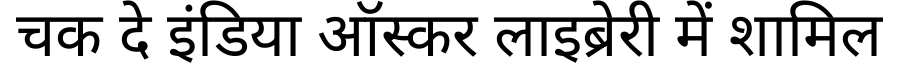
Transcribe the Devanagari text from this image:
चक दे इंडिया ऑस्कर लाइब्रेरी में शामिल